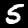
Label: 5